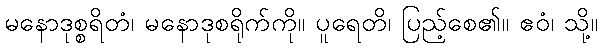
မနောဒုစ္စရိတံ၊ မနောဒုစရိုက်ကို။ ပူရေတိ၊ ပြည့်စေ၏။ ဧဝံ၊ သို့။